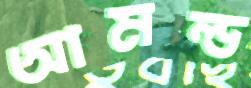
আমল্ড